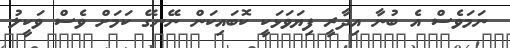
ނަމަވެސް އެ ބުނާ އިދާރީ ފިޔަވަޅަކީ ކޮބައިކަން ނޭނގޭ ކަމަށް ވެސް ވަކީލު